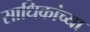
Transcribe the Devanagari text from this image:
साधिकांच्या